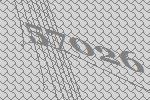
57026